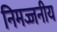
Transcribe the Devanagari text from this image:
निमज्जनीय